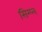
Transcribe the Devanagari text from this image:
सिम्प्ल